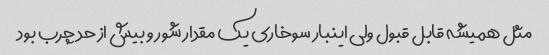
مثل همیشه قابل قبول ولی اینبار سوخاری یک مقدار شور و بیش از حد چرب بود